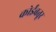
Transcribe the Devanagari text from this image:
कोर्इंबतूर